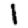
Digit: 1